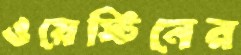
ওয়েস্টিনের